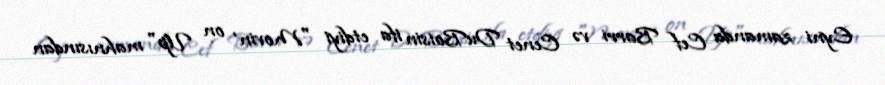
Eyni zamanda Cef Barri və Cenet DuBoisin ifa etdiyi "Movin' on Up" mahnısından